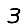
Digit: 3